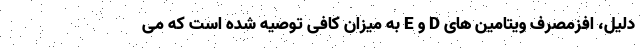
دلیل، افزمصرف ویتامین های D و E به میزان کافی توصیه شده است که می